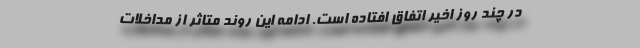
در چند روز اخیر اتفاق افتاده است. ادامه این روند متاثر از مداخلات